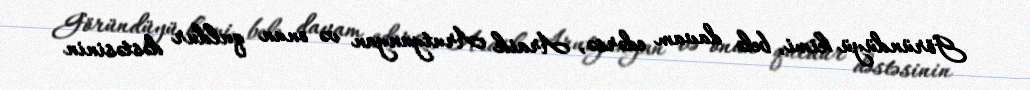
Göründüyü kimi, belə davam edərsə, Araik Arutyunyan və onun quldur dəstəsinin